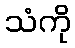
သံကို